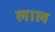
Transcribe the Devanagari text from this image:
लाल